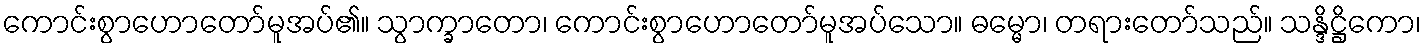
ကောင်းစွာဟောတော်မူအပ်၏။ သွာက္ခာတော၊ ကောင်းစွာဟောတော်မူအပ်သော။ ဓမ္မော၊ တရားတော်သည်။ သန္ဒိဋ္ဌိကော၊